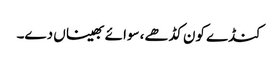
کنڈے کون کڈھے، سوائے بھیناں دے۔